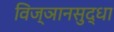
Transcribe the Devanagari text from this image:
विज्ञानसुद्धा